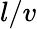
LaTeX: l/v